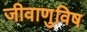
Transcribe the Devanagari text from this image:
जीवाणुविष